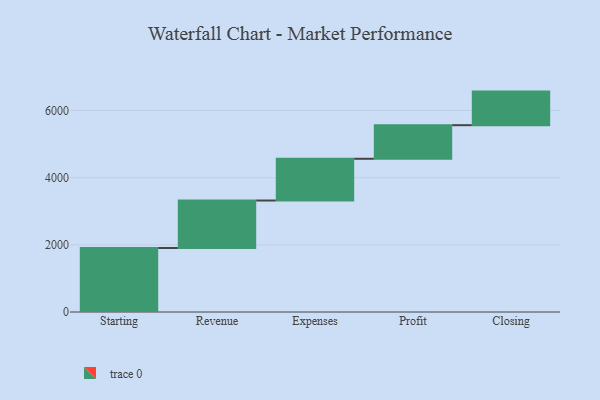
{"axis": {"x": "Step", "y": "Value"}, "legend": [""], "data": [{"x": "Starting", "y": 1906.0, "type": ""}, {"x": "Revenue", "y": 1413.0, "type": ""}, {"x": "Expenses", "y": 1243.0, "type": ""}, {"x": "Profit", "y": 1000, "type": ""}, {"x": "Closing", "y": 1000, "type": ""}]}